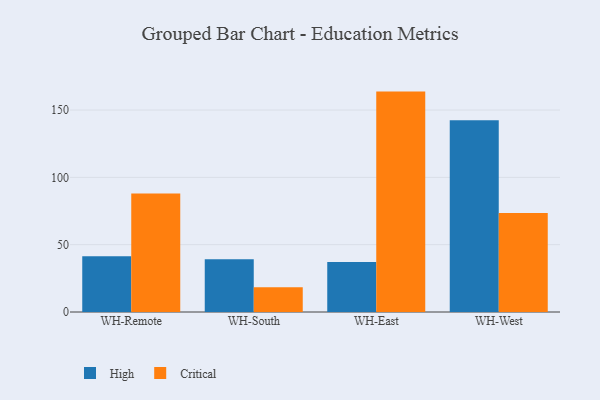
{"axis": {"x": "Warehouse", "y": "Operating Costs (USD K)"}, "legend": ["Critical", "High"], "data": [{"x": "WH-Remote", "y": 41.4, "type": "High"}, {"x": "WH-Remote", "y": 88.0, "type": "Critical"}, {"x": "WH-South", "y": 39.2, "type": "High"}, {"x": "WH-South", "y": 18.4, "type": "Critical"}, {"x": "WH-East", "y": 37.2, "type": "High"}, {"x": "WH-East", "y": 163.7, "type": "Critical"}, {"x": "WH-West", "y": 142.4, "type": "High"}, {"x": "WH-West", "y": 73.5, "type": "Critical"}]}